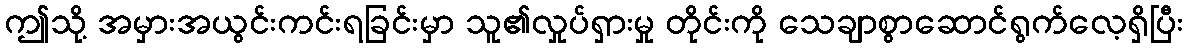
ဤသို့ အမှားအယွင်းကင်းရခြင်းမှာ သူ၏လှုပ်ရှားမှု တိုင်းကို သေချာစွာဆောင်ရွက်လေ့ရှိပြီး